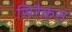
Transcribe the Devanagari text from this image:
सिरैकस